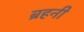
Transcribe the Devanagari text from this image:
ब्रहनी